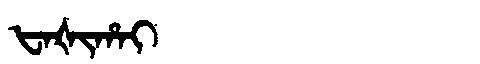
Manchu: ᡶᠠᡧᡳᡥᠠᡳ
Romanization: FAŠIHAI